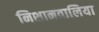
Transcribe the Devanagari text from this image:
निशानवालिया